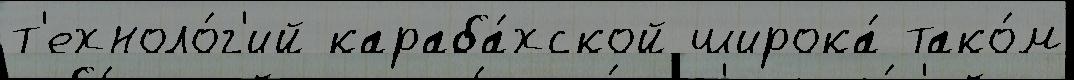
т'ехноло́г'ий караба́хской широка́ тако́м